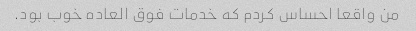
من واقعا احساس کردم که خدمات فوق العاده خوب بود.